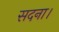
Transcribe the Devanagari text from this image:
सदना।